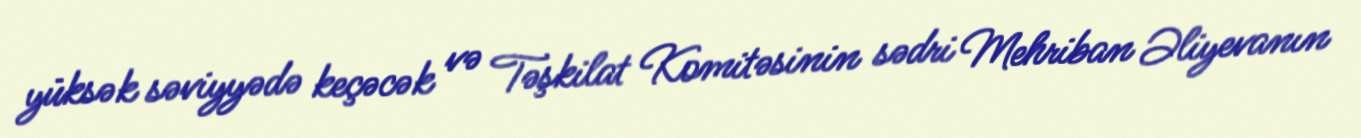
yüksək səviyyədə keçəcək və Təşkilat Komitəsinin sədri Mehriban Əliyevanın